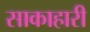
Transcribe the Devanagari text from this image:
साकाहारी